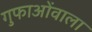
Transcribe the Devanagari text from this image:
गुफाओंवाला